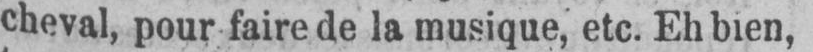
cheval, pour faire de la musique, etc. Eh bien,